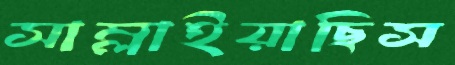
সাম্‌লাইয়াছিস